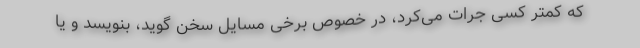
که کمتر کسی جرات می‌کرد، در خصوص برخی مسایل سخن گوید، بنویسد و یا